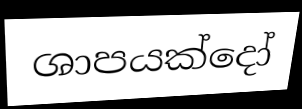
ශාපයක්දෝ